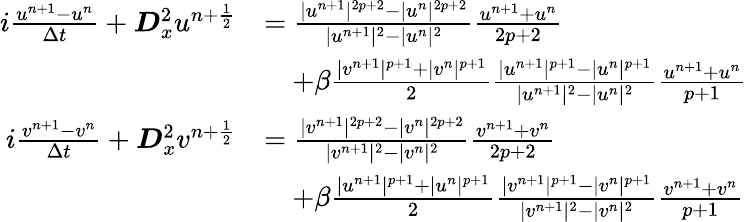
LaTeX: \begin{array}{rl}{i\frac{u^{n+1}-u^{n}}{\Delta t}+\boldsymbol{D}_{x}^{2}u^{n+\frac{1}{2}}}&{=\frac{|u^{n+1}|^{2p+2}-|u^{n}|^{2p+2}}{|u^{n+1}|^{2}-|u^{n}|^{2}}\frac{u^{n+1}+u^{n}}{2p+2}}\\ &{\quad+\beta\frac{|v^{n+1}|^{p+1}+|v^{n}|^{p+1}}{2}\frac{|u^{n+1}|^{p+1}-|u^{n}|^{p+1}}{|u^{n+1}|^{2}-|u^{n}|^{2}}\frac{u^{n+1}+u^{n}}{p+1}}\\ {i\frac{v^{n+1}-v^{n}}{\Delta t}+\boldsymbol{D}_{x}^{2}v^{n+\frac{1}{2}}}&{=\frac{|v^{n+1}|^{2p+2}-|v^{n}|^{2p+2}}{|v^{n+1}|^{2}-|v^{n}|^{2}}\frac{v^{n+1}+v^{n}}{2p+2}}\\ &{\quad+\beta\frac{|u^{n+1}|^{p+1}+|u^{n}|^{p+1}}{2}\frac{|v^{n+1}|^{p+1}-|v^{n}|^{p+1}}{|v^{n+1}|^{2}-|v^{n}|^{2}}\frac{v^{n+1}+v^{n}}{p+1}}\end{array}